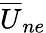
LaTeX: {\overline{{U}}}_{ne}